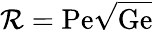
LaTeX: {\cal R}=\mathrm{Pe}\sqrt{\mathrm{Ge}}